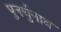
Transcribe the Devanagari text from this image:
पुनर्चुनाव